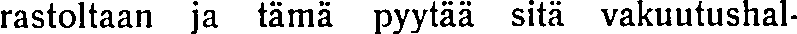
rastoltaan ja tämä pyytää sitä vakuutushal-